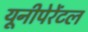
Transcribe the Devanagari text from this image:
यूनीपेरेंटल